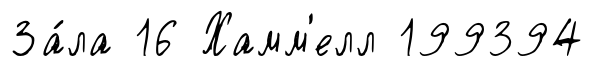
За́ла 16 Хамм'елл 199394